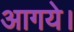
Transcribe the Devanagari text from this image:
आगये।